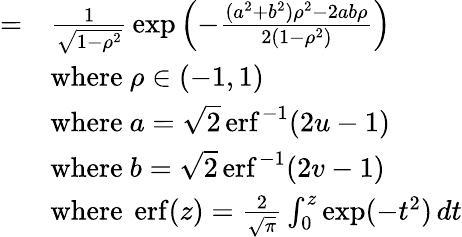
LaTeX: {\begin{array}{rl}{=}&{{\frac{1}{\sqrt{1-\rho^{2}}}}\exp\left(-{\frac{(a^{2}+b^{2})\rho^{2}-2ab\rho}{2(1-\rho^{2})}}\right)}\\ &{{\mathrm{where~}}\rho\in(-1,1)}\\ &{{\mathrm{where~}}a={\sqrt{2}}\operatorname{erf}^{-1}({2u-1})}\\ &{{\mathrm{where~}}b={\sqrt{2}}\operatorname{erf}^{-1}({2v-1})}\\ &{{\mathrm{where~}}\operatorname{erf}(z)={\frac{2}{\sqrt{\pi}}}\int_{0}^{z}\exp(-t^{2})\, dt}\end{array}}